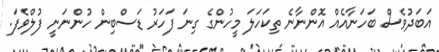
އަބަދުވެސް ބަހަނާއެއް އޮންނާނެ ތިކަހަލަ މީހުންގެ ގިނަ ފަހަރު ޑަސްބިން ހުންނަނީ ފުލްވެފަ.